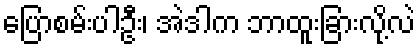
ပြောစမ်းပါဦး၊ အဲဒါက ဘာထူးခြားလို့လဲ